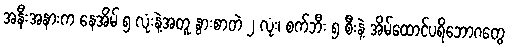
အနီးအနားက နေအိမ် ၅ လုံးနဲ့အတူ နွားစာတဲ ၂ လုံး၊ စက်ဘီး ၅ စီးနဲ့ အိမ်ထောင်ပရိဘောဂတွေ